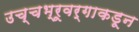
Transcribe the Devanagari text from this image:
उच्चभ्रूवर्गाकडून